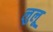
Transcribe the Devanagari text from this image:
लुलू